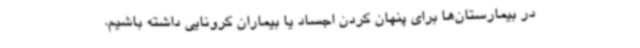
در بیمارستان‌ها برای پنهان کردن اجساد یا بیماران کرونایی داشته باشیم.